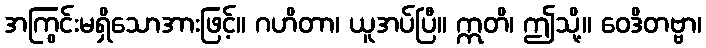
အကြွင်းမရှိသောအားဖြင့်။ ဂဟိတာ၊ ယူအပ်ပြီ။ ဣတိ၊ ဤသို့။ ဝေဒိတဗ္ဗာ၊